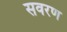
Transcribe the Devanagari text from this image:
सवरण